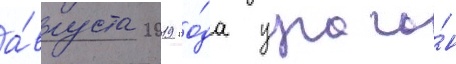
а́вгуста 2019 го́да урага́н